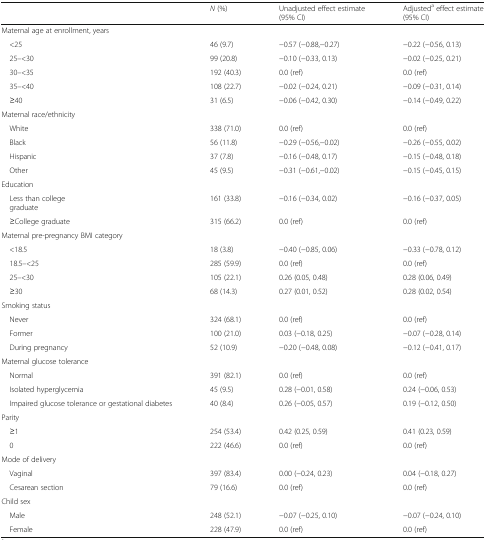
<table><thead><tr><td></td><td><b><i>N</i> (%)</b></td><td><b>Unadjusted effect estimate (95% CI)</b></td><td><b>Adjusted<sup>a</sup> effect estimate (95% CI)</b></td></tr></thead><tbody><tr><td colspan="4">Maternal age at enrollment, years</td></tr><tr><td> &lt;25</td><td>46 (9.7)</td><td>−0.57 (−0.88,−0.27)</td><td>−0.22 (−0.56, 0.13)</td></tr><tr><td> 25–&lt;30</td><td>99 (20.8)</td><td>−0.10 (−0.33, 0.13)</td><td>−0.02 (−0.25, 0.21)</td></tr><tr><td> 30–&lt;35</td><td>192 (40.3)</td><td>0.0 (ref)</td><td>0.0 (ref)</td></tr><tr><td> 35–&lt;40</td><td>108 (22.7)</td><td>−0.02 (−0.24, 0.21)</td><td>−0.09 (−0.31, 0.14)</td></tr><tr><td> ≥40</td><td>31 (6.5)</td><td>−0.06 (−0.42, 0.30)</td><td>−0.14 (−0.49, 0.22)</td></tr><tr><td colspan="4">Maternal race/ethnicity</td></tr><tr><td> White</td><td>338 (71.0)</td><td>0.0 (ref)</td><td>0.0 (ref)</td></tr><tr><td> Black</td><td>56 (11.8)</td><td>−0.29 (−0.56,−0.02)</td><td>−0.26 (−0.55, 0.02)</td></tr><tr><td> Hispanic</td><td>37 (7.8)</td><td>−0.16 (−0.48, 0.17)</td><td>−0.15 (−0.48, 0.18)</td></tr><tr><td> Other</td><td>45 (9.5)</td><td>−0.31 (−0.61,−0.02)</td><td>−0.15 (−0.45, 0.15)</td></tr><tr><td colspan="4">Education</td></tr><tr><td> Less than college graduate</td><td>161 (33.8)</td><td>−0.16 (−0.34, 0.02)</td><td>−0.16 (−0.37, 0.05)</td></tr><tr><td> ≥College graduate</td><td>315 (66.2)</td><td>0.0 (ref)</td><td>0.0 (ref)</td></tr><tr><td colspan="4">Maternal pre-pregnancy BMI category</td></tr><tr><td> &lt;18.5</td><td>18 (3.8)</td><td>−0.40 (−0.85, 0.06)</td><td>−0.33 (−0.78, 0.12)</td></tr><tr><td> 18.5–&lt;25</td><td>285 (59.9)</td><td>0.0 (ref)</td><td>0.0 (ref)</td></tr><tr><td> 25–&lt;30</td><td>105 (22.1)</td><td>0.26 (0.05, 0.48)</td><td>0.28 (0.06, 0.49)</td></tr><tr><td> ≥30</td><td>68 (14.3)</td><td>0.27 (0.01, 0.52)</td><td>0.28 (0.02, 0.54)</td></tr><tr><td colspan="4">Smoking status</td></tr><tr><td> Never</td><td>324 (68.1)</td><td>0.0 (ref)</td><td>0.0 (ref)</td></tr><tr><td> Former</td><td>100 (21.0)</td><td>0.03 (−0.18, 0.25)</td><td>−0.07 (−0.28, 0.14)</td></tr><tr><td> During pregnancy</td><td>52 (10.9)</td><td>−0.20 (−0.48, 0.08)</td><td>−0.12 (−0.41, 0.17)</td></tr><tr><td colspan="4">Maternal glucose tolerance</td></tr><tr><td> Normal</td><td>391 (82.1)</td><td>0.0 (ref)</td><td>0.0 (ref)</td></tr><tr><td> Isolated hyperglycemia</td><td>45 (9.5)</td><td>0.28 (−0.01, 0.58)</td><td>0.24 (−0.06, 0.53)</td></tr><tr><td> Impaired glucose tolerance or gestational diabetes</td><td>40 (8.4)</td><td>0.26 (−0.05, 0.57)</td><td>0.19 (−0.12, 0.50)</td></tr><tr><td colspan="4">Parity</td></tr><tr><td> ≥1</td><td>254 (53.4)</td><td>0.42 (0.25, 0.59)</td><td>0.41 (0.23, 0.59)</td></tr><tr><td> 0</td><td>222 (46.6)</td><td>0.0 (ref)</td><td>0.0 (ref)</td></tr><tr><td colspan="4">Mode of delivery</td></tr><tr><td> Vaginal</td><td>397 (83.4)</td><td>0.00 (−0.24, 0.23)</td><td>0.04 (−0.18, 0.27)</td></tr><tr><td> Cesarean section</td><td>79 (16.6)</td><td>0.0 (ref)</td><td>0.0 (ref)</td></tr><tr><td colspan="4">Child sex</td></tr><tr><td> Male</td><td>248 (52.1)</td><td>−0.07 (−0.25, 0.10)</td><td>−0.07 (−0.24, 0.10)</td></tr><tr><td> Female</td><td>228 (47.9)</td><td>0.0 (ref)</td><td>0.0 (ref)</td></tr></tbody></table>